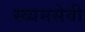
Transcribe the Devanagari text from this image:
स्व्यमसेवी